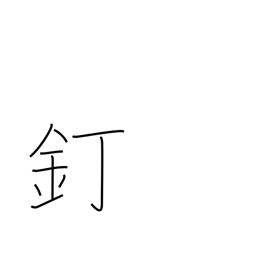
Meaning: nail